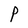
Character: P